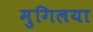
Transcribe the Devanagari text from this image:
मुगिलया